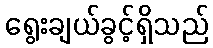
ရွေးချယ်ခွင့်ရှိသည်